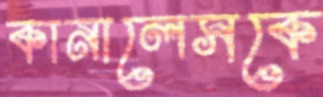
কানালেসকে